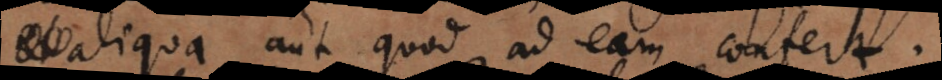
aliqua aut quod ad eam confert.